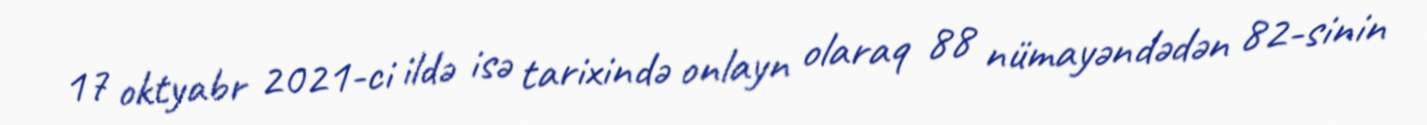
17 oktyabr 2021-ci ildə isə tarixində onlayn olaraq 88 nümayəndədən 82-sinin